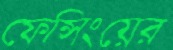
ফেন্সিংয়ের